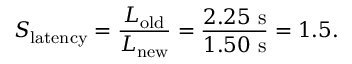
S _ { \mathrm { l a t e n c y } } = { \frac { L _ { \mathrm { o l d } } } { L _ { \mathrm { n e w } } } } = { \frac { 2 . 2 5 ~ \mathrm { s } } { 1 . 5 0 ~ \mathrm { s } } } = 1 . 5 .